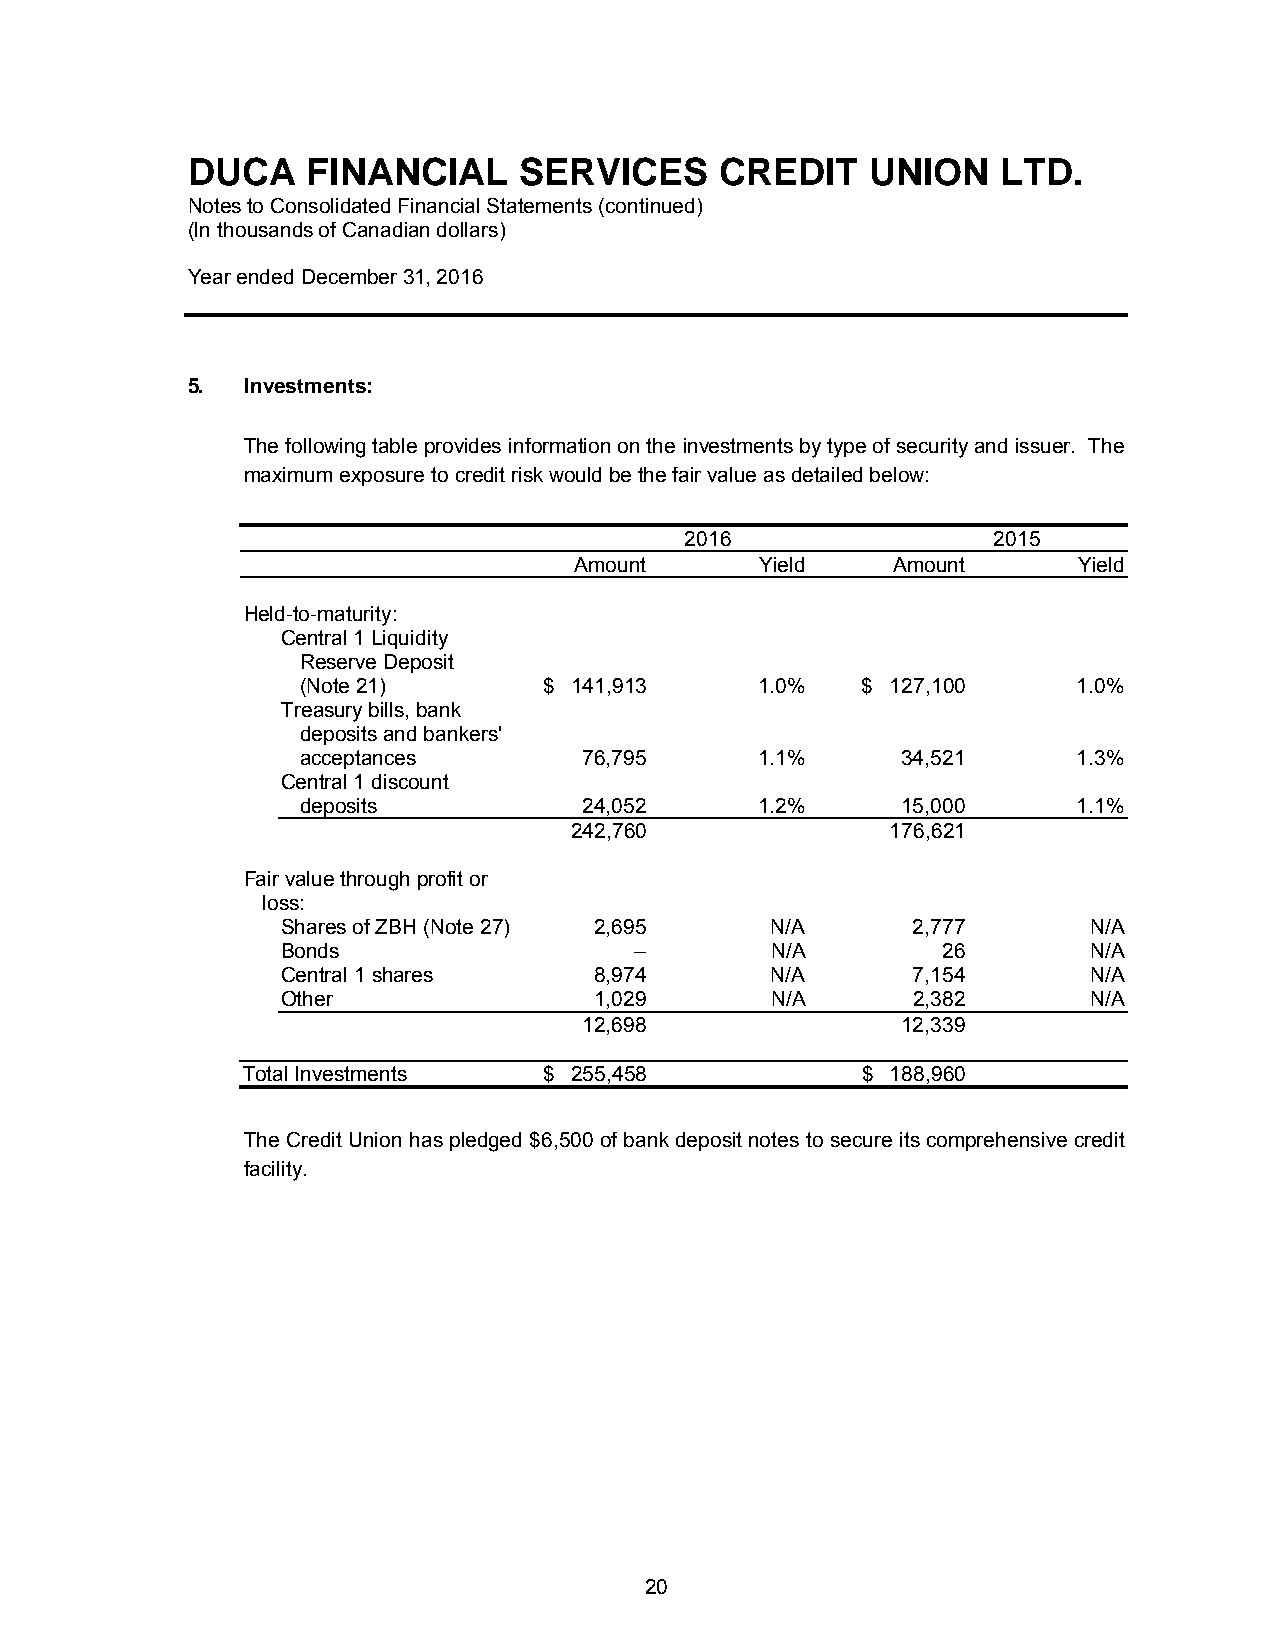
DUCA    FINANCIAL     SERVICES      CREDIT    UNION   LTD.
 Notes to Consolidated Financial Statements (continued)
 (In thousands of Canadian dollars)
 Year ended December 31, 2016
 5.  Investments:
 The following table provides information on the investments by type of security and issuer. The
 maximum exposure to credit risk would be the fair value as detailed below:
 2016                 2015
 Amount      Yield    Amount      Yield
 Held-to-maturity:
 Central 1 Liquidity
 Reserve Deposit
 (Note 21)       $ 141,913     1.0%   $ 127,100     1.0%
 Treasury bills, bank
 deposits and bankers'
 acceptances        76,795     1.1%      34,521     1.3%
 Central 1 discount
 deposits           24,052     1.2%      15,000     1.1%
 242,760              176,621
 Fair value through profit or
 loss:
 Shares of ZBH (Note 27) 2,695   N/A      2,777       N/A
 Bonds                  –        N/A        26        N/A
 Central 1 shares    8,974       N/A      7,154       N/A
 Other               1,029       N/A      2,382       N/A
 12,698               12,339
 Total Investments   $ 255,458            $ 188,960
 The Credit Union has pledged $6,500 of bank deposit notes to secure its comprehensive credit
 facility.
 20